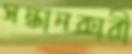
সন্ধানকারী